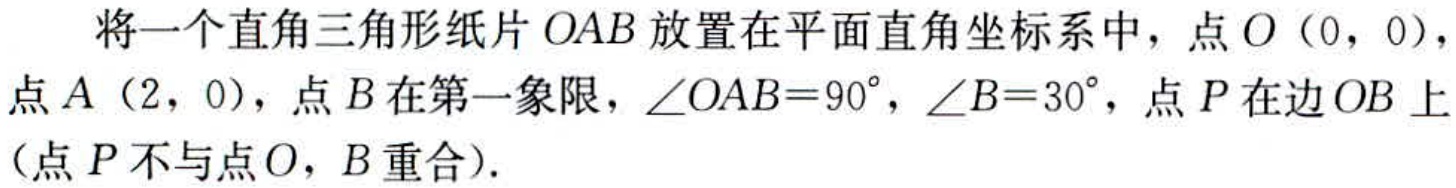
将一个直角三角形纸片\(OAB\)放置在平面直角坐标系中，点\(O(0,0)\)，点\(A(2,0)\)，点\(B\)在第一象限，\(\angle OAB = 90^{\circ}\)，\(\angle B = 30^{\circ}\)，点\(P\)在边\(OB\)上（点\(P\)不与点\(O\)，\(B\)重合）.